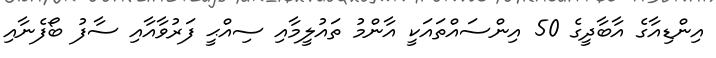
އިންޑިއާގެ އާބާދީގެ 50 އިންސައްތައަކީ އާންމު ތައުލީމާއި ސިއްޙީ ފަރުވާއާއި ސާފު ބޯފެނާއި